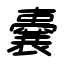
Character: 嚢